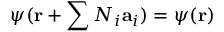
\psi ( \mathbf { r } + \sum N _ { i } \mathbf { a } _ { i } ) = \psi ( \mathbf { r } )